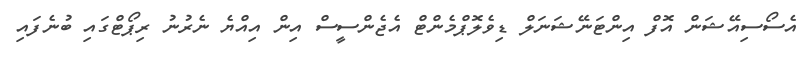
އެސޯސިއޭޝަން އޮފް އިންޓަނޭޝަނަލް ޑިވެލޮޕްމެންޓް އެޖެންސީސް އިން އިއްޔެ ނެރުނު ރިޕޯޓްގައި ބުނެފައި